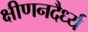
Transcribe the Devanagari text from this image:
क्षीणनदैर्ध्य